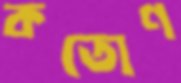
কতোণ